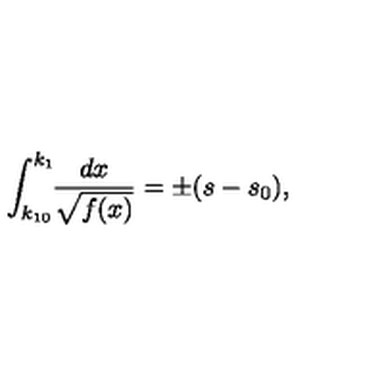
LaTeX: \int _ { k _ { 1 0 } } ^ { k _ { 1 } } \! \! \frac { d x } { \sqrt { f ( x ) } } = \pm ( s - s _ { 0 } ) { , }